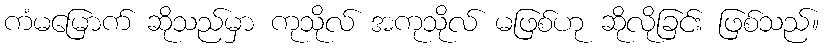
ကံမမြောက် ဆိုသည်မှာ ကုသိုလ် အကုသိုလ် မဖြစ်ဟု ဆိုလိုခြင်း ဖြစ်သည်။